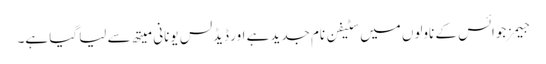
جیمز جوائس کے ناولوں میں سٹیفن نام جدید ہے اور ڈیڈلس یونانی میتھ سے لیا گیا ہے۔